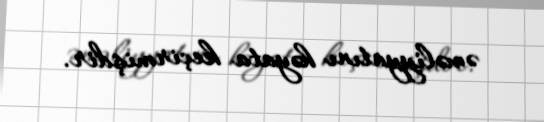
əməliyyatını həyata keçirmişdir.